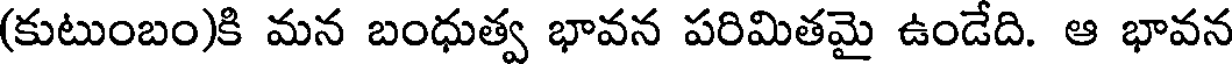
(కుటుంబం)కి మన బంధుత్వ భావన పరిమితమై ఉండేది. ఆ భావన